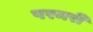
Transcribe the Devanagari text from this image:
परमरी